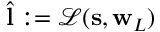
\hat { \mathbf { l } } : = \mathcal { L } ( \mathbf { s } , \mathbf { w } _ { L } )